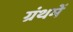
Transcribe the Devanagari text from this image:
ग्रंथमें